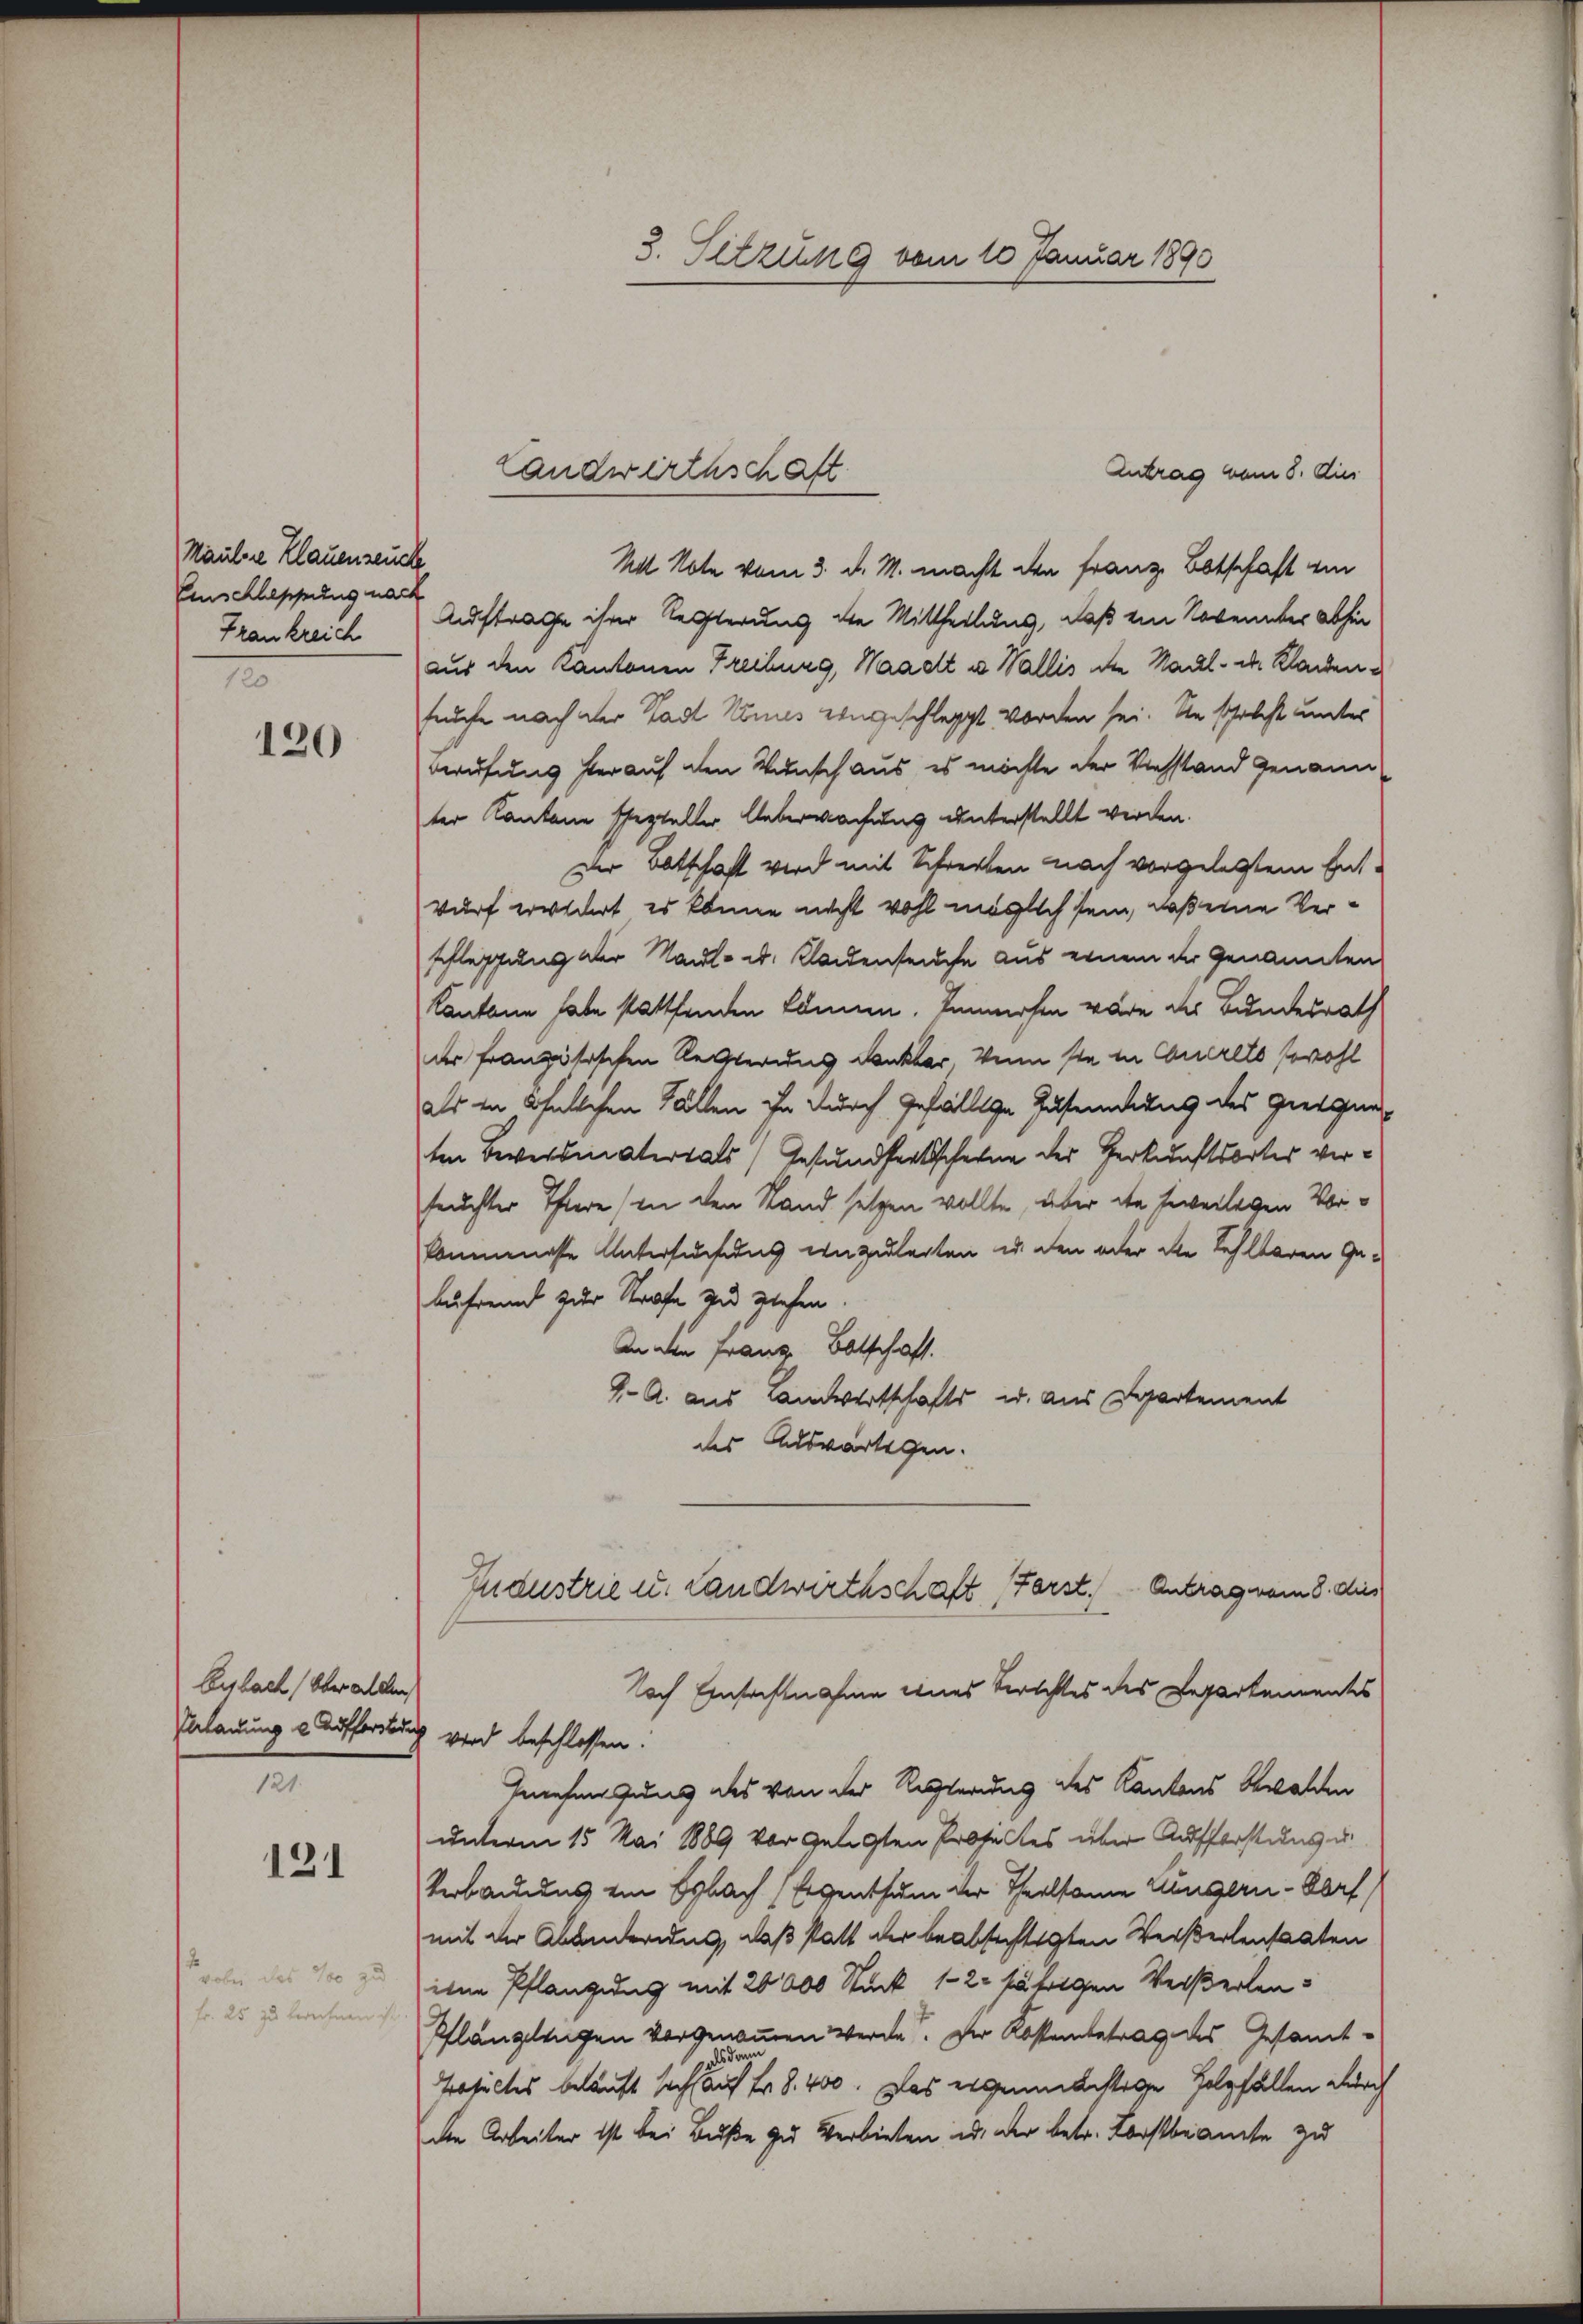
Mauler Klauenseuche
Einschleppung nach
Frankreich
120

120

Ansbach, Oberalelen,
bladung u. Aufforstdi
121.

121

100 zu

Antrag vom 8. Dies
Ad Note vom 3. d. M. macht den Franz Botschaft ein
Auftrage ihrer Rechterung die Mittheilung, daß ein Novemnter abhin
aus den Kantonen Freiburg, Waadt u. Wallis die Maul- u. Kladenfünfe nach der Stadt Kimes engeschleppt worden sei. Sie schricht unter
Berufung herauf den Wunsch aus es möchte der Viehstand genann
ter Kantone Ehesteller Ueberwachung unterstellt werden.
Der Batschaft wird mit Schreiben nach vorgelegtem Ent-
wurf wildert, es könne nicht wohl möglich sein, daß eine Verschlesung der Maul- u. Kleidenseuche aus einem der Genannten
Kantone habe stattfinden können. Einwohen wäre der Bundesrath
der Französischen Rechterung dankbar von sie in Concrets sowohl
als in ähnlichen Fällen ihn durch gefällige Zusendung des Giergang
ten Beversmatersals Gesundheitsscheine der Verkunftsortes verfeuchter Thiere (in den Stand setzen wollte, über die beweiligen Vorkommenesse Untersuchung einzulegten u. den oder die fehlteren Ge-
Aufreund zur Strafe zu ziehen.
An den Franz Botschaft.
4. A. aus anwertschafts u. aus Departement
des Ausverlegen.
Industrie u. Landwirthschaft (Farst. Antrag vom 8. dies
Nach Einfachtnahme eines Berichtes des Departementes
wird beschlossen.
hiefiigung des von der Regierung des Kantons Gewalden
unterm 15. Mai 1889 vor gelegten Prosacktes über Aufforstung u.
Verbauens ein Erbach (Eigenthum der Theilsame Lungern - Dorf
mit der Abänderung, daß statt der beabsichtigten Wersterlensacten
iie Pflanzung mit 20000 Stück 1-2 jährigen Weiserlen¬
Pflanzlingen vorgenommen werde. Der Kostenbetrag des Gesamt-
Prosectes beläuft sich auf S. 400. Das eigenmächtige Holzfällen durch
die Arbeiter ist bei Buße zu verbieten u. der betr. Lorstbeamte zu

Landwirthschaft

3. Setzung vom 10 Januar 1890